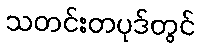
သတင်းတပုဒ်တွင်